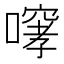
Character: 𫫳